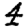
Digit: 4